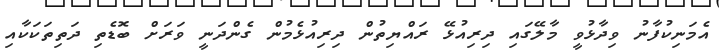
އެމަނިކުފާނު ވިދާޅުވީ މާލޭގައި ދިރިއުޅޭ ރައްޔިތުން ދިރިއުޅެމުން ގެންދަނީ ވަރަށް ބޮޑެތި ދަތިތަކަކާއި